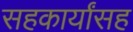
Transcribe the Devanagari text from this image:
सहकार्यांसह